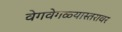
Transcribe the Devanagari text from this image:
वेगवेगळ्यास्तरावर